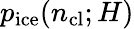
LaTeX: p_{\mathrm{ice}}(n_{\mathrm{cl}};H)